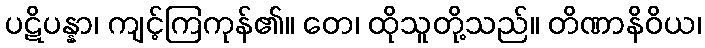
ပဋိပန္နာ၊ ကျင့်ကြကုန်၏။ တေ၊ ထိုသူတို့သည်။ တိဏာနိဝိယ၊